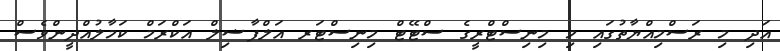
އަދި މި ރަސްމިއްޔާތުގައި މި މިނިސްޓްރީގެ ސްޓޭޓް މިނިސްޓަރ އަލްފާޟިލް އަކްރަމް ކަމާލުއްދީންވެސް